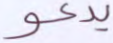
يدعو